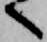
へ